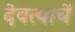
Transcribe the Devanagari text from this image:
देवत्वाचें